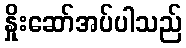
နှိုးဆော်အပ်ပါသည်